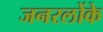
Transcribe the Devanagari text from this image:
जनरलोंके